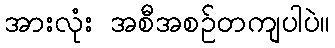
အားလုံး အစီအစဉ်တကျပါပဲ။